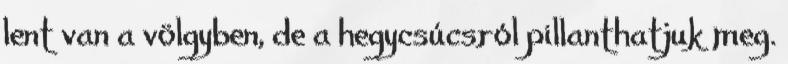
lent van a völgyben, de a hegycsúcsról pillanthatjuk meg.